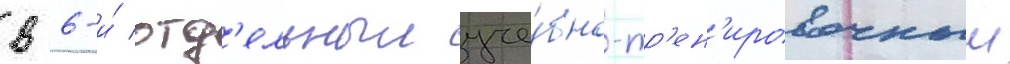
в 6-и́ отд'ельныи уче́бно-тр'ен'ировочныи